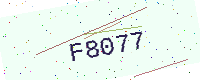
Text: F8077